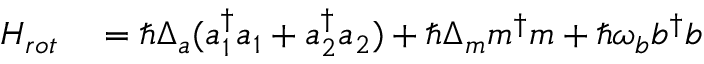
\begin{array} { r l } { H _ { r o t } } & { { } = \hbar \Delta _ { a } ( a _ { 1 } ^ { \dagger } a _ { 1 } + a _ { 2 } ^ { \dagger } a _ { 2 } ) + \hbar \Delta _ { m } m ^ { \dagger } m + \hbar \omega _ { b } b ^ { \dagger } b } \end{array}